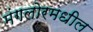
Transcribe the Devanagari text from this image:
मंगलोरमधील